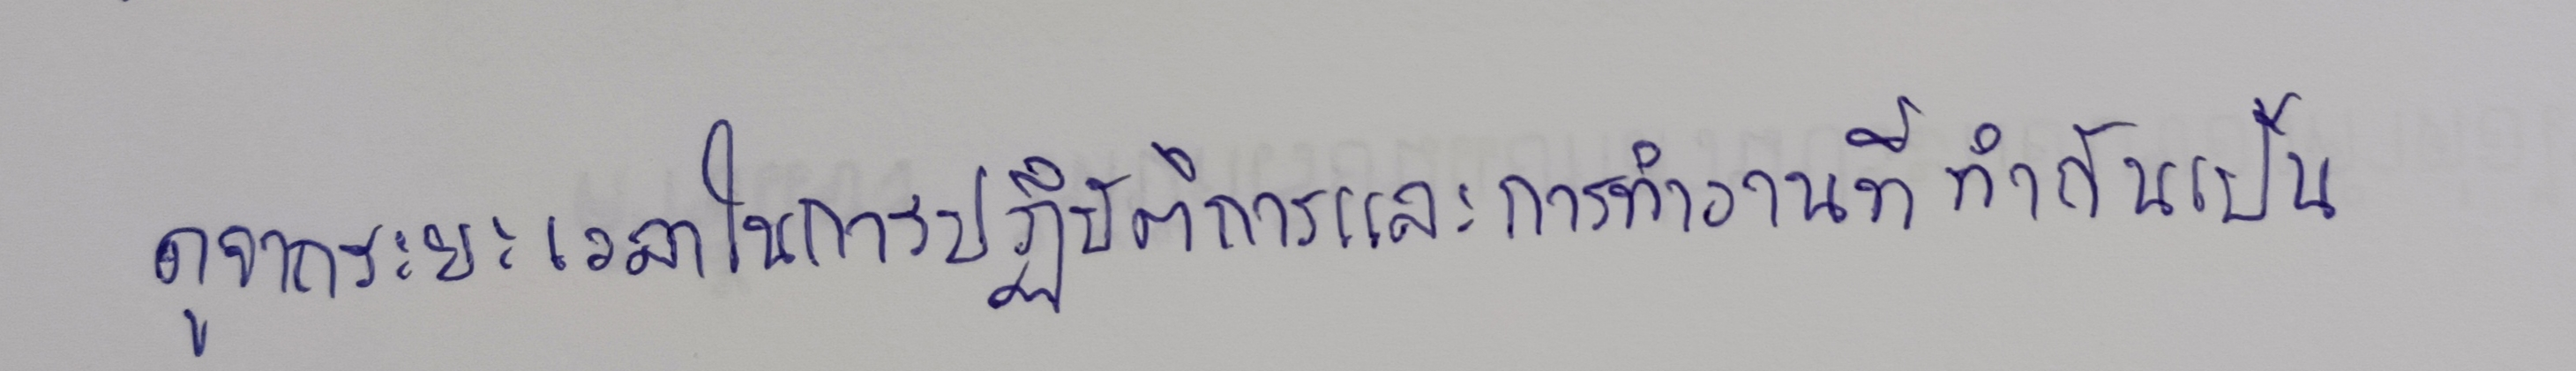
ดูจากระยะเวลาในการปฏิบัติการและการทำงานที่ทำกันเป็น